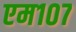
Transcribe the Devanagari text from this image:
एम१०७